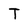
Character: T